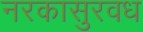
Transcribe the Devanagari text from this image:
नरकासुरवध